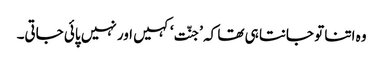
وہ اتنا تو جانتا ہی تھا کہ ’جنّت‘ کہیں اور نہیں پائی جاتی۔